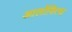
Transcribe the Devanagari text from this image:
आर्लोवित्स